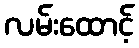
လမ်းထောင့်